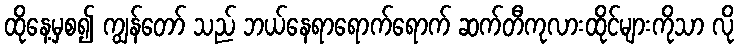
ထိုနေ့မှစ၍ ကျွန်တော် သည် ဘယ်နေရာရောက်ရောက် ဆက်တီကုလားထိုင်များကိုသာ လို